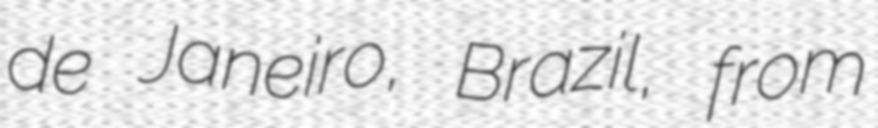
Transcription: de Janeiro, Brazil, from